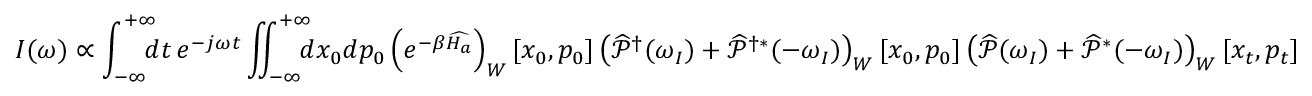
I ( \omega ) \propto \int _ { - \infty } ^ { + \infty } \! \! \! \! d t \, e ^ { - j \omega t } \iint _ { - \infty } ^ { + \infty } \! \! \! \! d x _ { 0 } d p _ { 0 } \left( e ^ { - \beta \widehat { H _ { a } } } \right) _ { W } [ x _ { 0 } , p _ { 0 } ] \left( \widehat { \mathcal { P } } ^ { \dagger } ( \omega _ { I } ) + \widehat { \mathcal { P } } ^ { \dagger * } ( - \omega _ { I } ) \right) _ { W } [ x _ { 0 } , p _ { 0 } ] \left( \widehat { \mathcal { P } } ( \omega _ { I } ) + \widehat { \mathcal { P } } ^ { * } ( - \omega _ { I } ) \right) _ { W } [ x _ { t } , p _ { t } ]